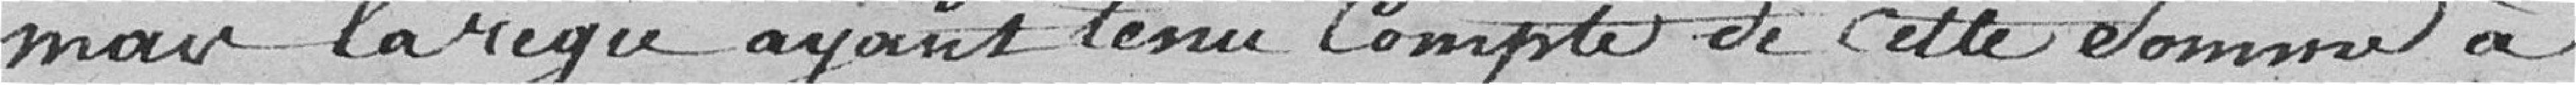
mais la régie ayant tenu compte de cette somme à